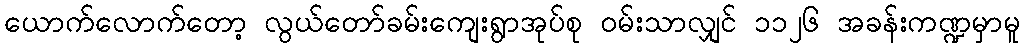
ယောက်လောက်တော့ လွယ်တော်ခမ်းကျေးရွာအုပ်စု ဝမ်းသာလျှင် ၁၁၂၆ အခန်းကဏ္ဍမှာမူ